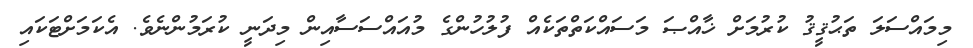
މިމައްސަލަ ތަޙުޤީޤު ކުރުމަށް ޚާއްޞަ މަސައްކަތްތަކެއް ފުލުހުންގެ މުއައްސަސާއިން މިދަނީ ކުރަމުންނެވެ. އެކަމަށްޓަކައި